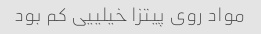
مواد روی‌ پیتزا خیلییی کم بود